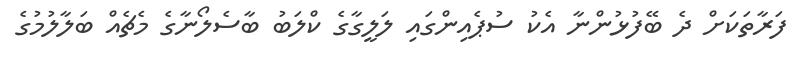
ފަރާތަކަށް ދެ ބޭފުޅުންނާ އެކު ސުޕެއިންގައި ލަލީގާގެ ކްލަބު ބާސެލޯނާގެ މެޗެއް ބަލާލުމުގެ